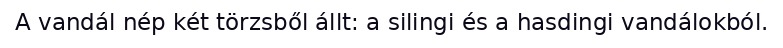
A vandál nép két törzsből állt: a silingi és a hasdingi vandálokból.